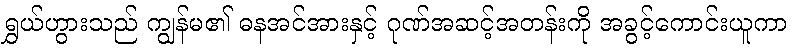
ရွှယ်ဟွားသည် ကျွန်မ၏ ဓနအင်အားနှင့် ဂုဏ်အဆင့်အတန်းကို အခွင့်ကောင်းယူကာ